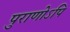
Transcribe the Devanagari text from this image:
पुराणोऽपि